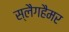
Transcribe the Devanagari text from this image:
स्लैगहैमर